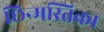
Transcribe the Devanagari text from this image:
छिन्मस्तिका